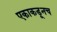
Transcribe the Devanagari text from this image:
एकाकडूनच